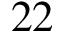
2 2